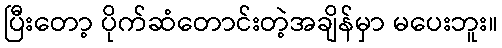
ပြီးတော့ ပိုက်ဆံတောင်းတဲ့အချိန်မှာ မပေးဘူး။